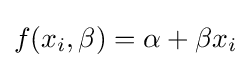
f(x_{i},\beta )=\alpha +\beta x_{i}